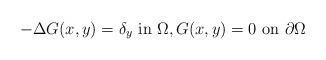
LaTeX: \begin{align*}-\Delta G(x,y)=\delta_y\ \mbox{in $\Omega$},G(x,y)=0\ \mbox{on $\partial\Omega$} \end{align*}